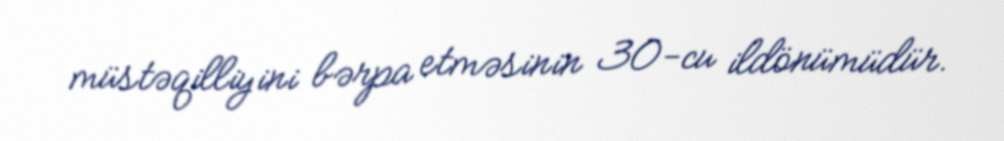
müstəqilliyini bərpa etməsinin 30-cu ildönümüdür.